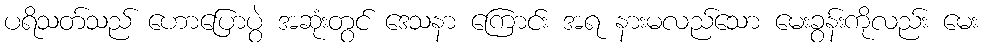
ပရိသတ်သည် ဟောပြောပွဲ အဆုံးတွင် ဒေသနာ ကြောင်း အရ နားမလည်သော မေးခွန်းကိုလည်း မေး